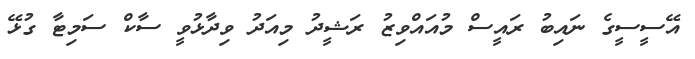
އޭސީސީގެ ނައިބު ރައީސް މުއައްވިޒު ރަޝީދު މިއަދު ވިދާޅުވީ ސާކް ސަމިޓާ ގުޅޭ